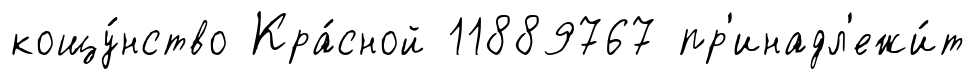
кощу́нство Кра́сной 11889767 пр'инадл'ежи́т